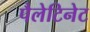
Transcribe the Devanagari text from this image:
पैलेटिनेट